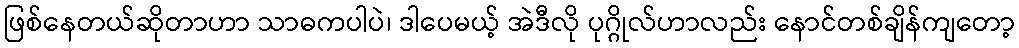
ဖြစ်နေတယ်ဆိုတာဟာ သာဓကပါပဲ၊ ဒါပေမယ့် အဲဒီလို ပုဂ္ဂိုလ်ဟာလည်း နောင်တစ်ချိန်ကျတော့